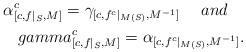
LaTeX: \begin{align*}\alpha_{[c,f|_S,M]}^c=\gamma_{[c,f^c|_{M(S)},M^{-1}]}\ \ \ \ and\ \ \ \\gamma_{[c,f|_S,M]}^c=\alpha_{[c,f^c|_{M(S)},M^{-1}]}.\end{align*}